Report of the Bombay Plague Committee
Disease focus: Plague
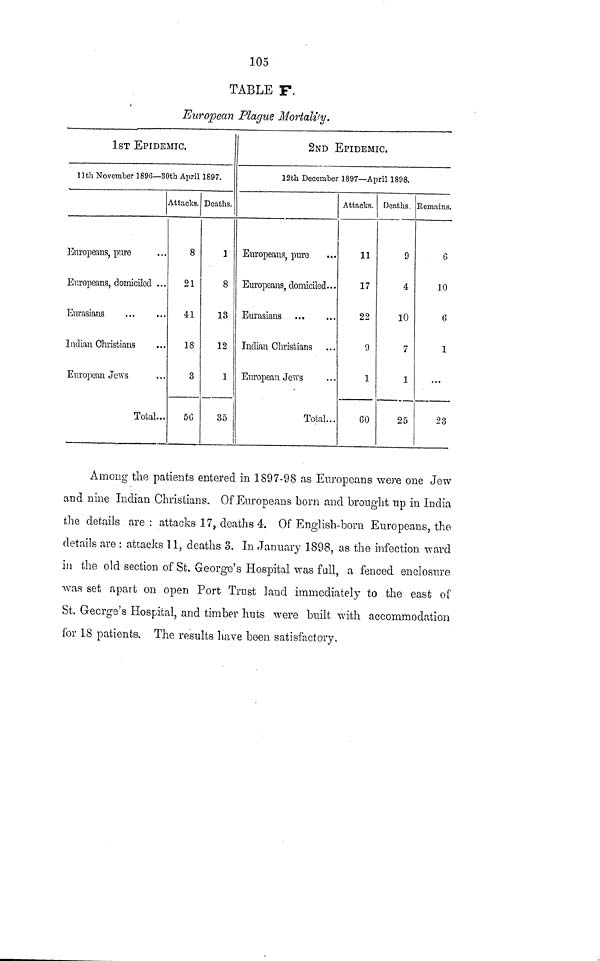
105
TABLE F
European Plague Mortality.
1ST EPIDEMIC.
11th November 1896— 30tb April 1897.
Europeans, pure
Europeans, domiciled ...
Eurasians
Indian Christians
European Jews
Total...
Attacks.
8
21
41
18
3
56
Deaths.
1
8
13
12
1
35
2ND EPIDEMIC.
12th December 1897— April 1898.
Europeans, pure
Europeans, domiciled...
Eurasians
Indian Christians
European Jews
Total...
i
Attacks.
11
17
22
9
1
60
Deaths.
9
4
10
7
1
25
Remains.
6
10
6
1
...
23
Among the patients entered in 1897-98 as Europeans were one Jew
and nine Indian Christians. Of Europeans born and brought up in India
the details are: attacks 17, deaths 4. Of English-born Europeans, the
details are : attacks 11, deaths 3. In January 1898, as the infection ward
in the old section of St. George's Hospital was full, a fenced enclosure
was set apart on open Port Trust laud immediately to the east of
St. George's Hospital, and timber huts were built with accommodation
for 18 patients. The results have been satisfactory,